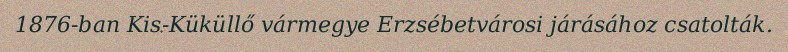
1876-ban Kis-Küküllő vármegye Erzsébetvárosi járásához csatolták.